Report of the Indian Hemp Drugs Commission, 1894-1895 - Volume VII
Year: 1894
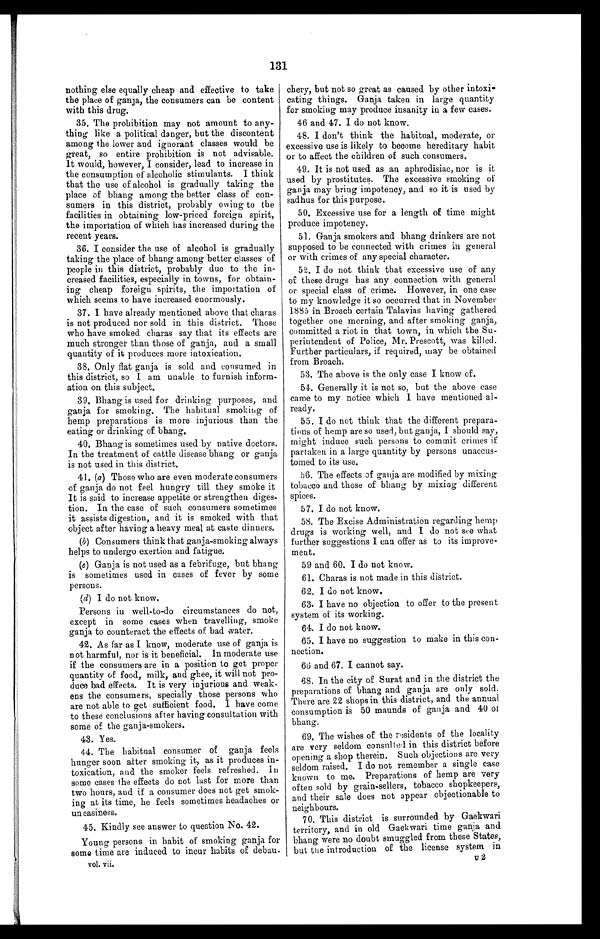
131
nothing else equally cheap and effective to take
the place of ganja, the consumers can be content
with this drug.
35. The prohibition may not amount to any
-
thing like a political danger, but the discontent
among the lower and ignorant classes would be
great, so entire prohibition is not advisable.
It would, however, I consider, lead to increase in
the consumption of alcoholic stimulants. I think
that the use of alcohol is gradually taking the
place of bhang among the better class of con
-
sumers in this district, probably owing to the
facilities in obtaining low-priced foreign spirit,
the importation of which has increased during the
recent years.
36. I consider the use of alcohol is gradually
taking the place of bhang among better classes of
people in this district, probably due to the in
-
creased facilities, especially in towns, for obtain
-
ing cheap foreign spirits, the importation of
which seems to have increased enormously.
37. I have already mentioned above that charas
is not produced nor sold in this district. Those
who have smoked charas say that its effects are
much stronger than those of ganja, and a small
quantity of it produces more intoxication.
38. Only flat ganja is sold and consumed in
this district, so I am unable to furnish inform
-
ation on this subject.
39. Bhang is used for drinking purposes, and
ganja for smoking. The habitual smoking of
hemp preparations is more injurious than the
eating or drinking of bhang.
40. Bhang is sometimes used by native doctors.
In the treatment of cattle disease bhang or ganja
is not used in this district.
41. (a ) Those who are even moderate consumers
of ganja do not feel hungry till they smoke it
It is said to increase appetite or strengthen diges
-
tion. In the case of such consumers sometimes
it assists digestion, and it is smoked with that
object after having a heavy meal at caste dinners.
(b) Consumers think that ganja-smoking always
helps to undergo exertion and fatigue.
(c) Ganja is not used as a febrifuge, but bhang
is sometimes used in cases of fever by some
persons.
(d) I do not know.
Persons in well-to-do circumstances do not,
except in some cases when travelling, smoke
ganja to counteract the effects of bad water.
42. As far as I know, moderate use of ganja is
not harmful, nor is it beneficial. In moderate use
if the consumers are in a position to get proper
quantity of food, milk, and ghee, it will not pro
-
duce bad effects. It is very injurious and weak
-
ens the consumers, specially those persons who
are not able to get sufficient food. I have come
to these conclusions after having consultation with
some of the ganja-smokers.
43. Yes.
44. The habitual consumer of ganja feels
hunger soon after smoking it, as it produces in
-
toxication, and the smoker feels refreshed. In
some cases the effects do not last for more than
two hours, and if a consumer does not get smok
-
ing at its time, he feels sometimes headaches or
un easiness.
45. Kindly see answer to question No. 42.
Young persons in habit of smoking ganja for
some time are induced to incur habits of debau
vol. vii .
chery, but not so great as caused by other intoxi
-
cating things. Ganja taken in large quantity
for smoking may produce insanity in a few cases.
46 and 47. I do not know.
48. I don't think the habitual, moderate, or
excessive use is likely to become hereditary habit
or to affect the children of such consumers
.
49.
It is not used as an aphrodisiac, nor is it
used by prostitutes. The excessive smoking of
ganja may bring impotency, and so it is used by
sadhus for this purpose.
50. Excessive use for a length of time might
produce impotency.
51. Ganja smokers and bhang drinkers are not
supposed to be connected with crimes in general
or with crimes of any special character.
52. I do not think that excessive use of any
of these drugs has any connection with general
or special class of crime. However, in one case
to my knowledge it so occurred that in November
1885 in Broach certain Talavias having gathered
together one morning, and after smoking ganja,
committed a riot in that town, in which the Su-
perintendent of Police, Mr. Prescott, was killed.
Further particulars, if required, may be obtained
from Broach.
53. The above is the only case I know of.
54. Generally it is not so, but the above case
came to my notice which I have mentioned al
-
ready.
55. I do not think that the different prepara
-
tions of hemp are so used, but ganja, I should say,
might induce such persons to commit crimes if
partaken in a large quantity by persons unaccus
-
tomed to its use.
56. The effects of ganja are modified by mixing
tobacco and those of bhang by mixing different
spices.
57. I do not know.
58. The Excise Administration regarding hemp
drugs is working well, and I do not see what
further suggestions I can offer as to its improve
-
ment.
59 and 60. I do not know.
61. Charas is not made in this district.
62. I do not know.
63. I have no objection to offer to the present
system of its working.
64. I do not know.
65. I have no suggestion to make in this con-
nection.
66 and 67. I cannot say.
68. In the city of Surat and in the district the
preparations of bhang and ganja are only sold.
There are 22 shops in this district, and the annual
consumption is 50 maunds of ganja and 40 of
bhang.
69. The wishes of the residents of the locality
are very seldom consulted in this district before
opening a shop therein. Such objections are very
seldom raised. I do not remember a single case
known to me. Preparations of hemp are very
often sold by grain-sellers, tobacco shopkeepers,
and their sale does not appear objectionable to
neighbours.
70. This district is surrounded by Gaekwari
territory, and in old Gaekwari time ganja and
bhang were no doubt smuggled from these States,
but the i ntroduction of the license system in